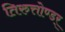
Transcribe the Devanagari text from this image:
तिरुत्तोण्डर्